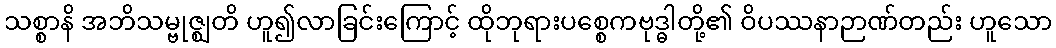
သစ္စာနိ အဘိသမ္ဗုဇ္ဈတိ ဟူ၍လာခြင်းကြောင့် ထိုဘုရားပစ္စေကဗုဒ္ဓါတို့၏ ဝိပဿနာဉာဏ်တည်း ဟူသော